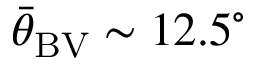
{ \bar { \theta } } _ { \mathrm { B V } } \sim 1 2 . 5 ^ { \circ }